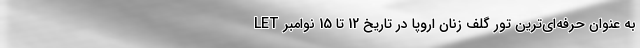
LET به عنوان حرفه‌ای‌ترین تور گلف زنان اروپا در تاریخ 12 تا 15 نوامبر